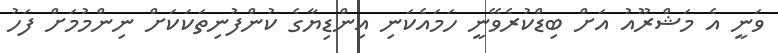
ވަނީ އެ މަޝްރޫއު އަށް ބިޑްކުރެވޭނީ ހަމައެކަނި އިންޑިޔާގެ ކުންފުނިތަކަކަށް ނިންމުމަށް ފަހު